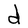
Character: d